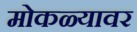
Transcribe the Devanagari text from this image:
मोकळ्यावर